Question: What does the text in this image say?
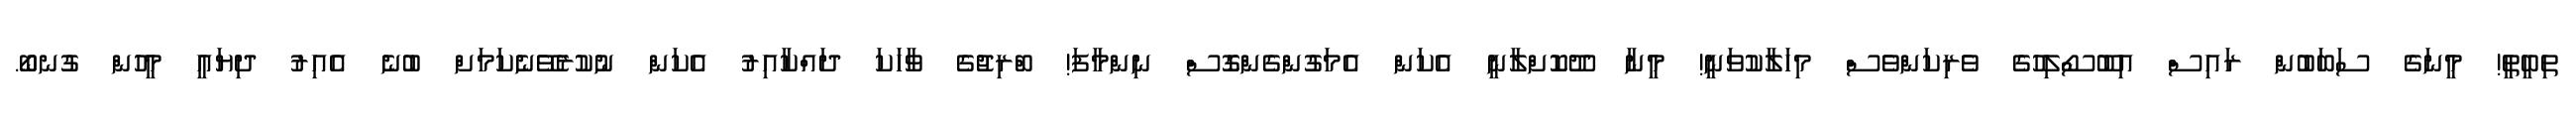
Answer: ތިބީތީ! މީނަގެ ސަބަބުން ރައިސް އިބޫސޯލިހުގެ ވެރިކަންވެސް މިހަލާކުވަނީ! މީނާ ދޫކޮށްލާނީ އެކަން އެމަގުންގެންގޮސް ނިންމާފަ! ބްރިޖުގެ ވާހަކަ ދައްކާއިރު އެކަން ނުކުރެވޭނެކަމަށް ބުނެ އެއިރު ދިޔައީ މީހުން ގުނބޯ.